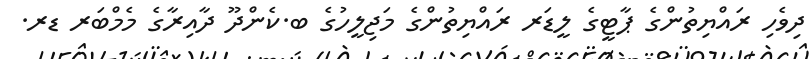
ދިވެހި ރައްޔިތުންގެ ޕާޓީގެ ލީޑަރ ރައްޔިތުންގެ މަޖިލީހުގެ ބ.ކެންދޫ ދާއިރާގެ މެމްބަރ ޑރ.